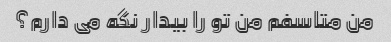
من متاسفم من تو را بیدار نگه می دارم؟